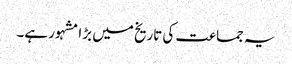
یہ جماعت کی تاریخ میں بڑا مشہور ہے۔